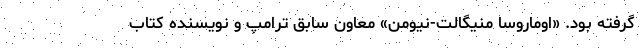
گرفته بود. «اوماروسا منیگالت-نیومن» معاون سابق ترامپ و نویسنده کتاب